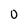
Character: o